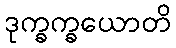
ဒုက္ခက္ခယောတိ